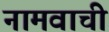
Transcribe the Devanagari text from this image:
नामवाची